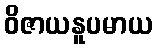
ဝိဇာယနူပမာယ